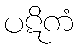
ပဋိကံ